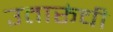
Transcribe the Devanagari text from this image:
उतारूंची